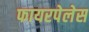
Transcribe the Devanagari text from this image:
फायरपेलेस